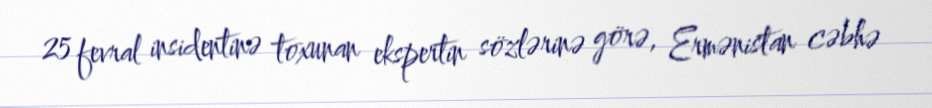
25 fevral insidentinə toxunan ekspertin sözlərinə görə, Ermənistan cəbhə